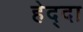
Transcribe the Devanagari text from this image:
हेद्दा